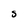
Character: S